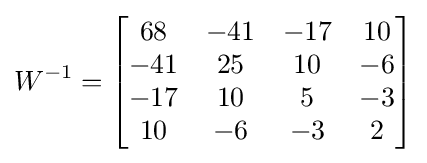
W^{-1}={\begin{bmatrix}68&-41&-17&10\\-41&25&10&-6\\-17&10&5&-3\\10&-6&-3&2\end{bmatrix}}